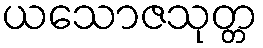
ယသောဇသုတ္တ